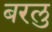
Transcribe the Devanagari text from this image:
बरलु